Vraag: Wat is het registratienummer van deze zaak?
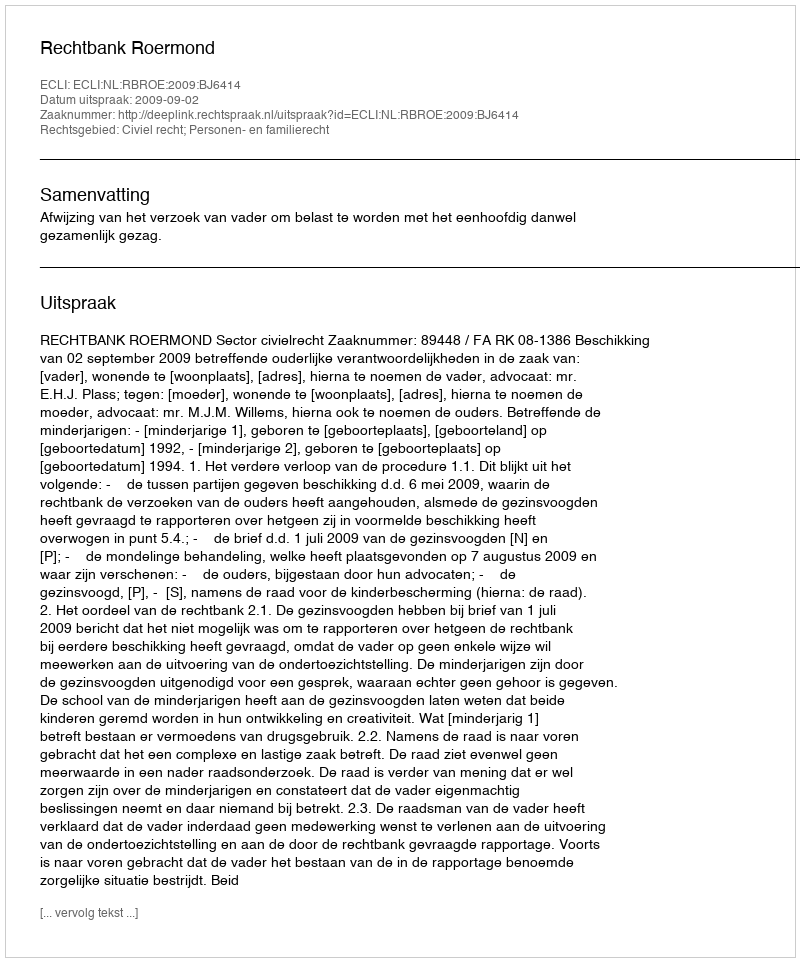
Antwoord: http://deeplink.rechtspraak.nl/uitspraak?id=ECLI:NL:RBROE:2009:BJ6414